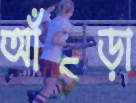
আঁচড়া